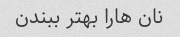
نان هارا بهتر ببندن